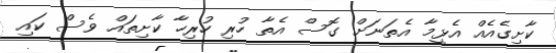
ކާށިގެއެއް އެޅީމާ އެތަނަށް ގޮސް އެތާ ހުރި ހުރިހާ ކާށިތައް ވެސް ކައި